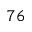
^ { 7 6 }